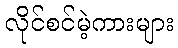
လိုင်စင်မဲ့ကားများ